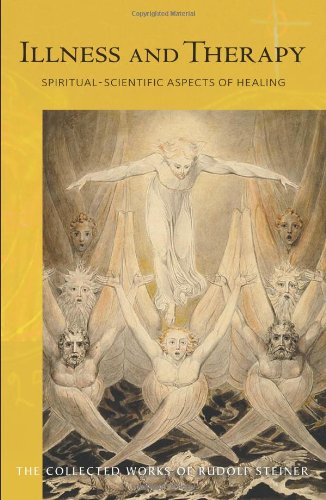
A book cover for Illness and Therapy: Spiritual-Scientific Aspects of Healing: Nine Lectures Given to Physicians and Medical Students in Dornach Between 11 and 18 ... Rudo (Collected Works of Rudolf Steiner); Rudolf Steiner; Religion & Spirituality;